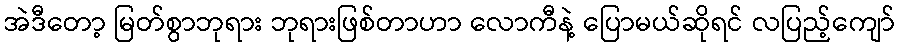
အဲဒီတော့ မြတ်စွာဘုရား ဘုရားဖြစ်တာဟာ လောကီနဲ့ ပြောမယ်ဆိုရင် လပြည့်ကျော်